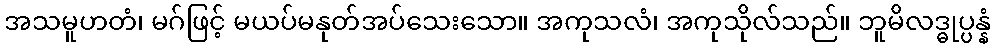
အသမူဟတံ၊ မဂ်ဖြင့် မယပ်မနုတ်အပ်သေးသော။ အကုသလံ၊ အကုသိုလ်သည်။ ဘူမိလဒ္ဓုပ္ပန္နံ